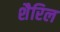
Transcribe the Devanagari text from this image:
शैरिल